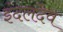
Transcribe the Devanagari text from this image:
इंदलदेव